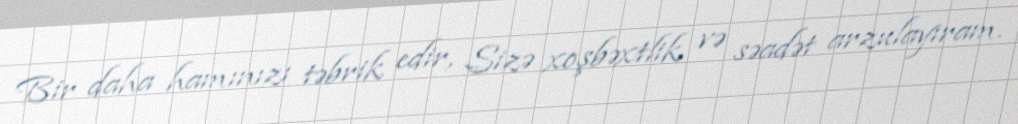
Bir daha hamınızı təbrik edir, Sizə xoşbəxtlik və səadət arzulayıram.